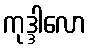
ကုဒ္ဒါလော